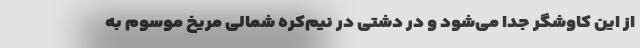
از این کاوشگر جدا می‌شود و در دشتی در نیم‌کره شمالی مریخ موسوم به